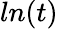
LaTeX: ln(t)